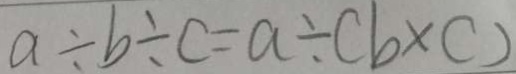
a \div b \div c = a \div ( b \times c )